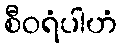
စီဝရံပါဟံ